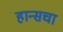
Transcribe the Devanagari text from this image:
हान्सचा